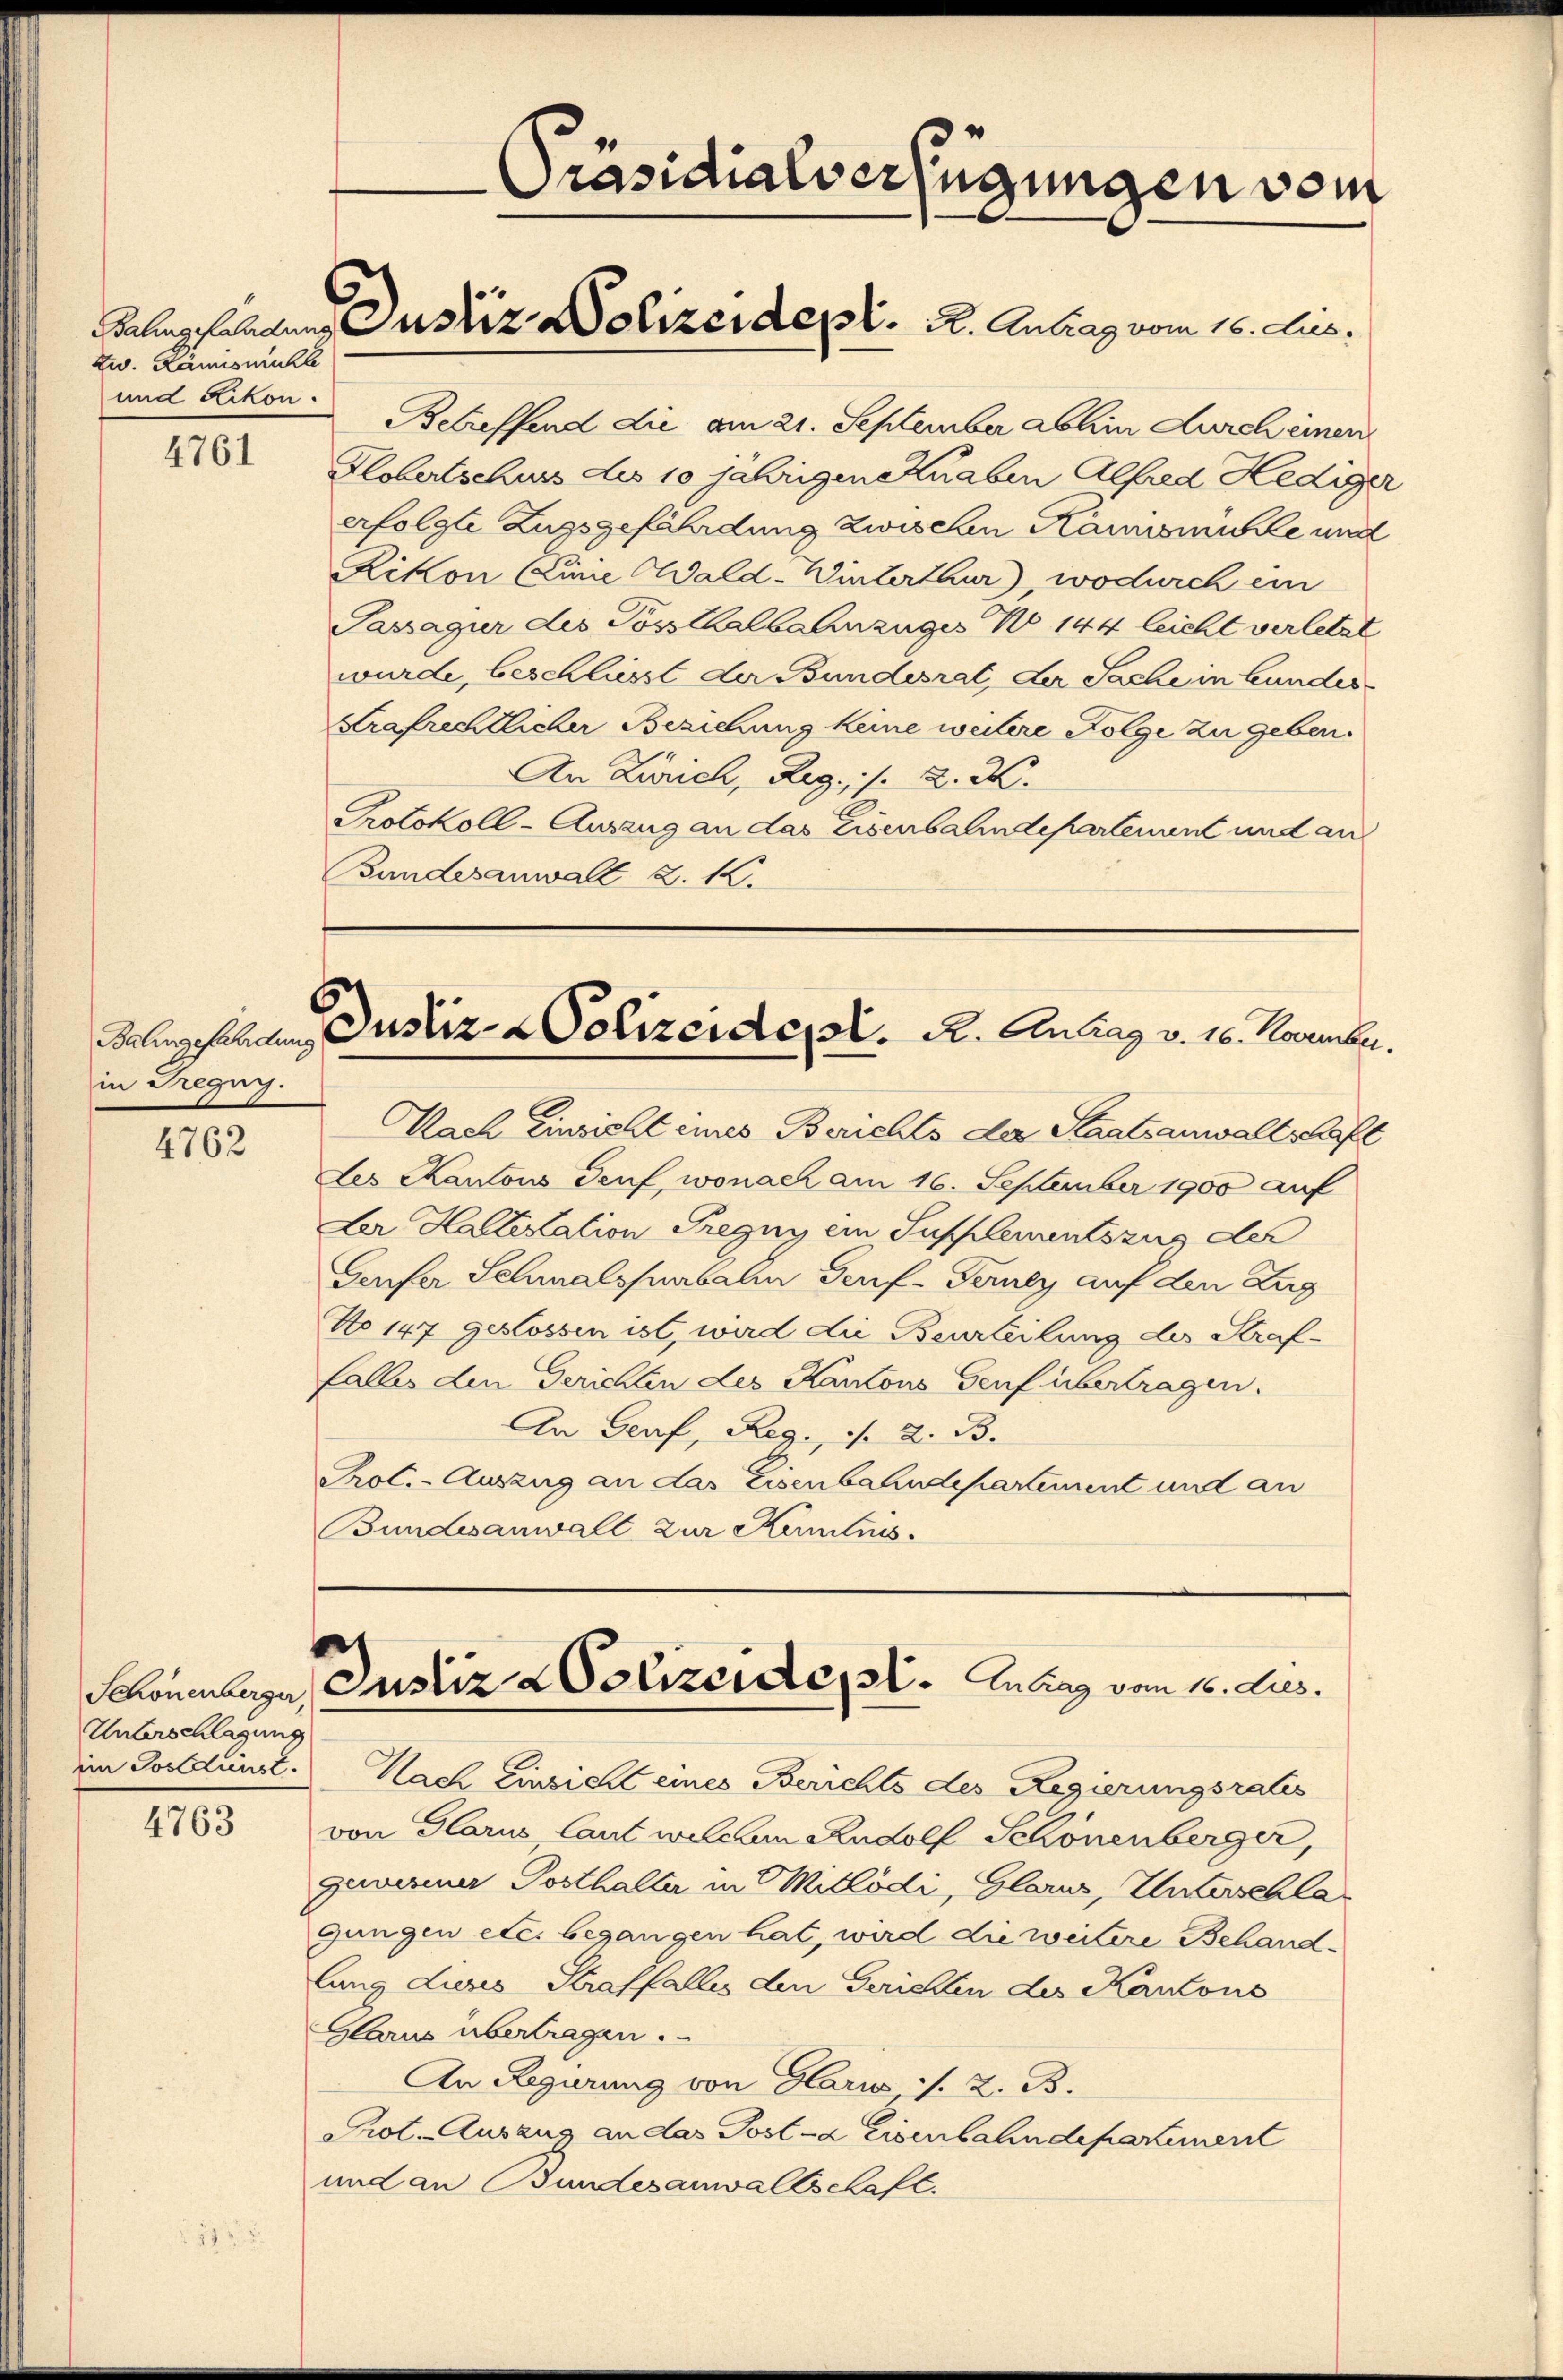
zw. Lämismüll
und Rikon.

4761

in Tregug.

4762

Unterschlagung

4763

Präsidialverfügungen vom

leghalden Justiz Polizeident. 2. Antrag vom 16. Aus

Betreffend die am 21. September abhin Durch einen
Flobertschuss des 10 jährigen Knaben Alfred Hediger
erfolgte Zugsgefährdung zwischen Kausmühle und
Rikon (Linie Wald-Winterthur) wodurch ein
Passagur des Posthalbahnzuges No 144 leicht verletzt
wurde, beschliesst der Bundesrat, der Sache in bundes¬
Srafrechtlicher Beziehung keine weitere Folge zu geben.
An Zürich, Reg. /. 2. X.
Protokoll-Auszug an das Eisenbahndepartement und an
Bundesanwalt Z. 12.

Felngeschen Justiz- Polizeidet. A. Antrag v. 16. November.

Nach Einsicht eines Berichts der Staatsanwaltschaft
des Kantons Genf, wonach am 16. September 1900 auf
Ler Haltestation Tregny ein Supplementszug der
Genfer Schmalspurbalin Genf-Terney auf den Zug
No 147 gestossen ist, wird die Beurteilung des Straffalles den Gerichten des Kantons Genf übertragen.
An Genf, Reg., v. 2. B.
Prot. - Auszug an das Eisenbahndepartement und an
Bundesanwall zur Kenntnis.

e
Schönenberger Justiz Polizeidet. Antrag vom 16. Jus

im Postdunst. Nach Einsicht eines Berichts des Regierungsrates
von Glarus laut welchem Rudolf Schönenberger,
zeeriner Posthalter in Mitlödi, Glarus, Unterschla
gungen etc. begangen hat, wird die weitere Behandlung Lures Straffalles den Gerichten des Kantons
Glarus übertragen.
An Regierung von Glarus s. Z. B.
Prot. Auszus an das Post-a Eisenbahndepartement
und an Bundesanwaltschaft.